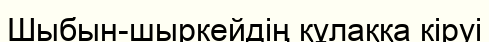
Шыбын-шыркейдің құлаққа кіруі